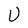
Character: U